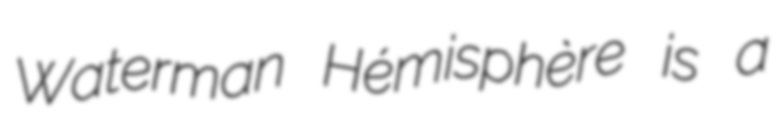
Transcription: Waterman Hémisphère is a